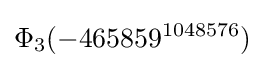
\Phi _{3}(-465859^{1048576})